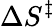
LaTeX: \Delta S^{\ddagger}